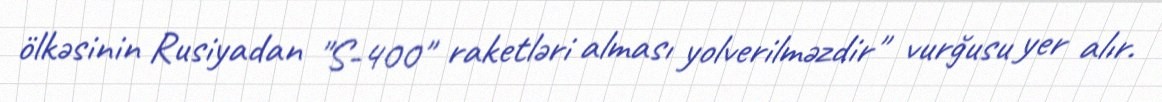
ölkəsinin Rusiyadan "S-400" raketləri alması yolverilməzdir" vurğusu yer alır.